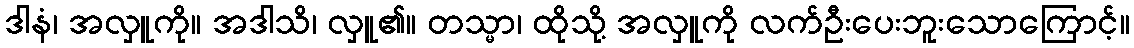
ဒါနံ၊ အလှူကို။ အဒါသိ၊ လှူ၏။ တသ္မာ၊ ထိုသို့ အလှူကို လက်ဦးပေးဘူးသောကြောင့်။